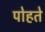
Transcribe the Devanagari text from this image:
पोहते